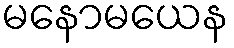
မနောမယေန